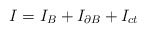
\begin{align*}I=I_{B}+I_{\partial B}+I_{ct} \end{align*}